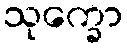
သုက္ခော